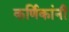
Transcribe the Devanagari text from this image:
कर्णिकांनी